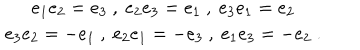
LaTeX: \begin{array} { c } { { e _ { 1 } e _ { 2 } = e _ { 3 } \ , \ e _ { 2 } e _ { 3 } = e _ { 1 } \ , \ e _ { 3 } e _ { 1 } = e _ { 2 } } } \\ { { e _ { 3 } e _ { 2 } = - e _ { 1 } \ , \ e _ { 2 } e _ { 1 } = - e _ { 3 } \ , \ e _ { 1 } e _ { 3 } = - e _ { 2 } \ . } } \\ \end{array}